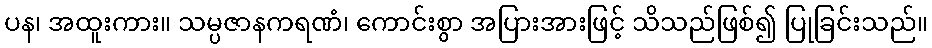
ပန၊ အထူးကား။ သမ္ပဇာနကရဏံ၊ ကောင်းစွာ အပြားအားဖြင့် သိသည်ဖြစ်၍ ပြုခြင်းသည်။